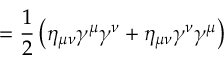
= { \frac { 1 } { 2 } } \left( \eta _ { \mu \nu } \gamma ^ { \mu } \gamma ^ { \nu } + \eta _ { \mu \nu } \gamma ^ { \nu } \gamma ^ { \mu } \right)